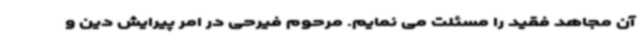
آن مجاهد فقید را مسئلت می نمایم. مرحوم فیرحی در امر پیرایش دین و